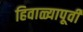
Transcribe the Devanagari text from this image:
हिवाळ्यापूर्वी